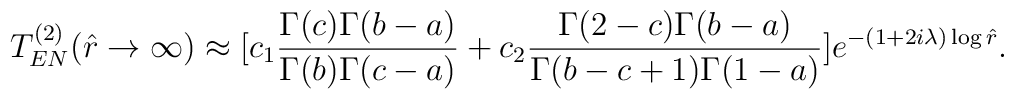
T^{(2)}_{EN}(\hat{r}\rightarrow\infty)\approx[c_1\frac{\Gamma(c)\Gamma(b-a)}{\Gamma(b)\Gamma(c-a)}+c_2\frac{\Gamma(2-c)\Gamma(b-a)}{\Gamma(b-c+1)\Gamma(1-a)}]e^{-(1+2i\lambda)\log\hat{r}}.